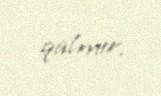
qalmır.